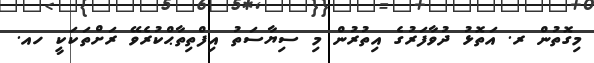
މިގޮތުން ރ. އަތޮޅު ދުވާފަރުގެ އިތުރުން މި ސިޔާސަތު އިފްތިތާޙްކުރެވޭ ރަށްތަކަކީ ހއ.